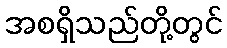
အစရှိသည်တို့တွင်